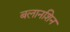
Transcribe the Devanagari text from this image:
बलानशिन